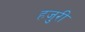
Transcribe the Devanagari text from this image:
हजुरी